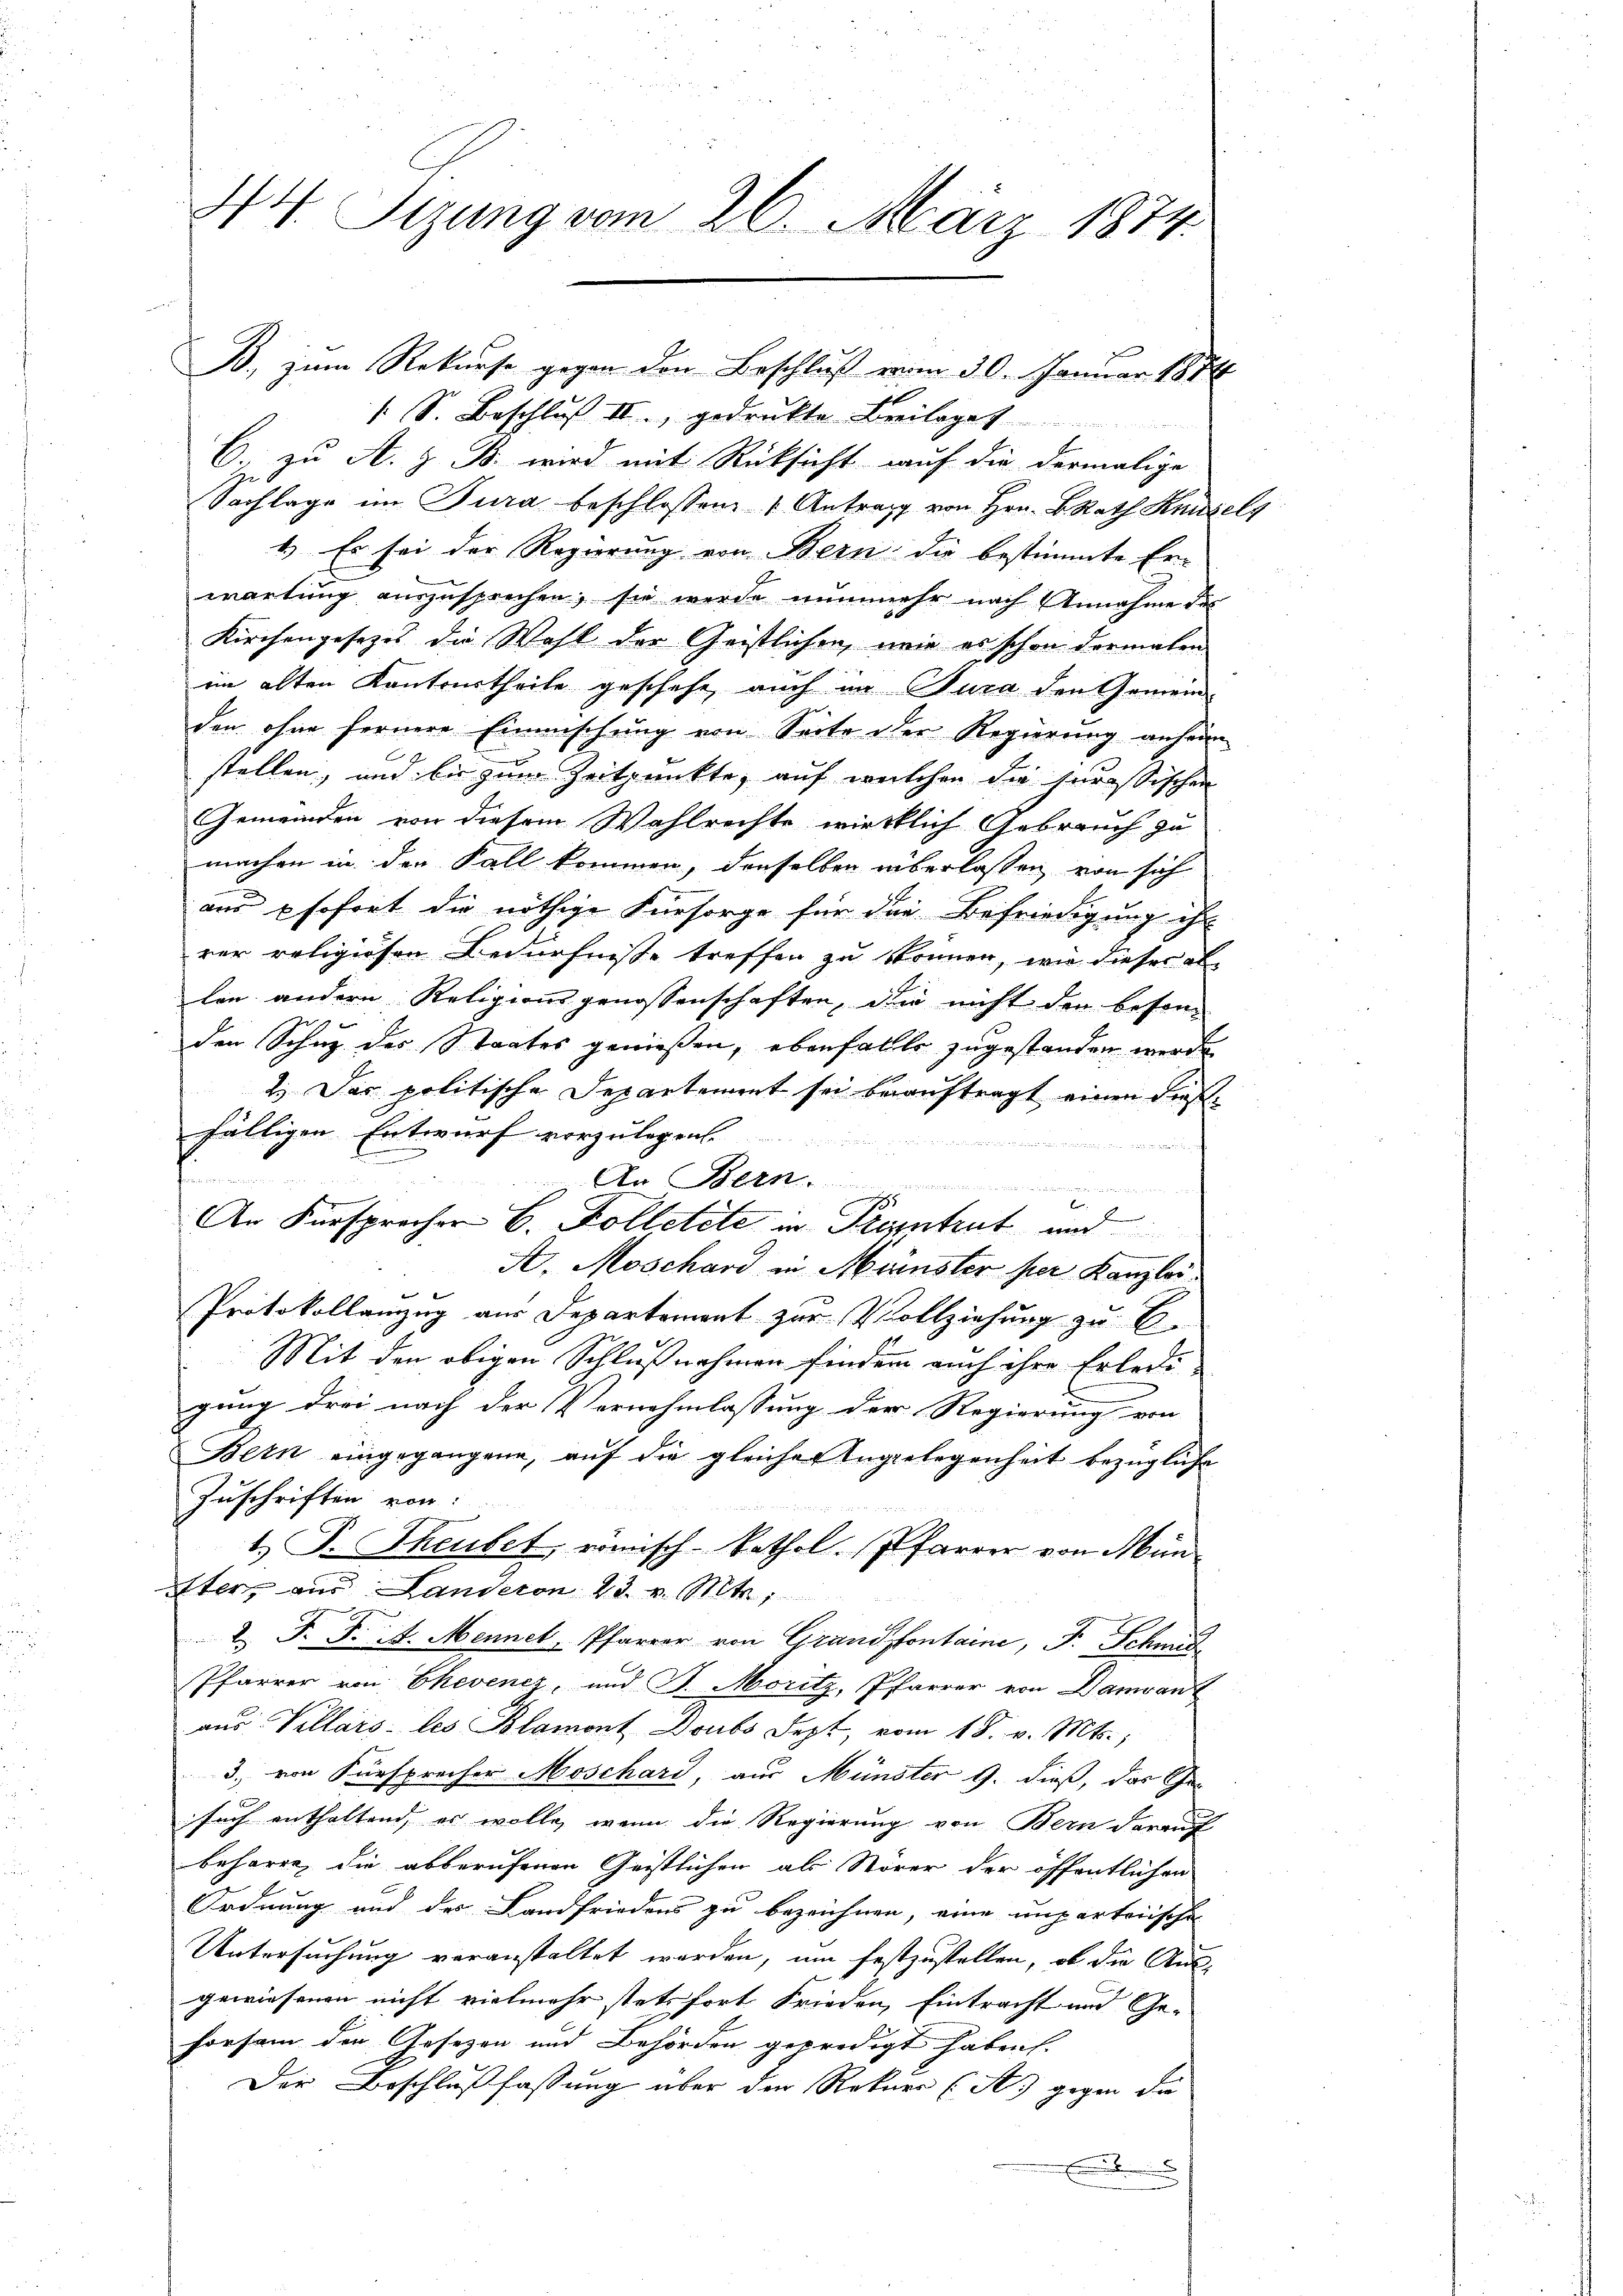
44 Sizung vom 26. März 1874.

/. S. Beschluß II., gedruckte Breilages
C. zu A. z. B. wird mit Rücksicht auf die dermalige
Sachlage im Tura beschlossen: " Antrag von Hrn. BRath Knüsels
1.) Es sei der Regierung von Bern die bestimmte Er-
wartung auszusprechen, sie werde nunmehr nach Annahme des
Kirchengesetzes die Wahl der Geistlichen, wie es schon dermalen
im alten Kantonstheile geschehe, auch im Jura den Gemein-
den ohne fernere Einmischung von Seite der Regierung anhein
stellen, und bis zum Zeitpunkte, auf welchen die heressischen
Gemeinden von diesem Wahlrechte wirklich Gebrauch zu
machen in den Fall kommen, denselben überlassen von sich
uns sofort die nöthige Fürsorge für die Befriedigung ihr
rer religiösen Bedürfnisse treffen zu können, wie dieser al-
len andern Religionsgenossenschaften, die nicht der besonden Schuz des Staates genießen, ebenfallte zugestanden werde.
2.) Das politische Departement sei beauftragt einen dießfälligen Entwurf vorzulegen.
H Proto
B

u
An Bern
  in einen
.
An Fürsprecher B. Folletete in Szentrut und
A. Moschard in Münster per Kanzlei
Protokollamzug aus Departement zur Vollziehung zu B.
Mit den obigen Schlußnahmen finden auch ihre Erledi-
gung drei nach der Vernehmlassung der Regierung von
Bern eingegangene, aŭf die gleicher Angelegenheit bezügliche
Zuschriften von:
1) P. Theubet, römisch-kathol. Pfarrer von Müniter, aus Landeron 23. v. Mts.,
2 J. F. A. Mennet, Pfarrer von Grandsfontaine, F. Schmid
Pfarrer von Ehevenez, und J. Moritz, Pfarrer von Damant
aŭs Kellars les Blamont Boubs Sept, vom 18. v. Mts.,
3. von Fürsprecher Moschard, aus Münster 9. dieß, das Ge-
such enthaltend, er wolle, wenn die Regierung von Bern darauf
beharre, die abberufenen Geistlichen als Störer der öffentlichen
Ordnung und des Landfriedens zu bezeichnen, eine unparteiische
Untersuchung veranstaltet werden, um festzustellen, ob die Ausgewiesenen nicht vielmehr stetsfort Frieden, Eintracht und Ge-
horsam den Gesezen und Behörden gepredigt haben.
Der Beschlußfassung über der Rekurr (S. gegen die
E

B., zum Rekurse gegen den Beschluß vom 30. Januar 1884